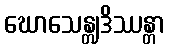
ဃောသေန္တျဒိဿန္တာ